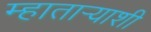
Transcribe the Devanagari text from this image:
म्हाताऱ्याशी